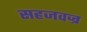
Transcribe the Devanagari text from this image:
सहजवज्र